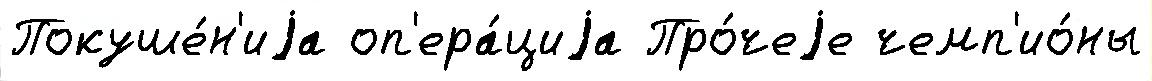
Покуше́н'иjа оп'ера́циjа Про́чеjе чемп'ио́ны